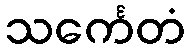
သင်္ကေတံ